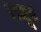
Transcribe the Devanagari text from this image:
सधूप